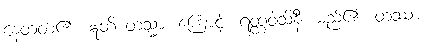
နေတတ်၏။ ဣတိ တသ္မာ၊ ကြောင့်။ ရတ္တဝါသိနီိ၊ မည်၏။ တဿာ၊